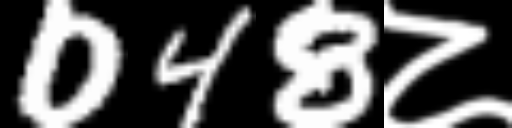
Text: 048८